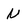
Character: N